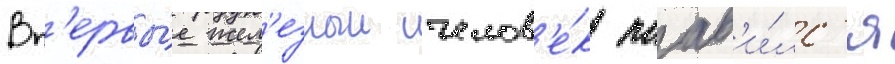
Вп'ервы́е жел'езныи челов'е́к поав'и́лс'я